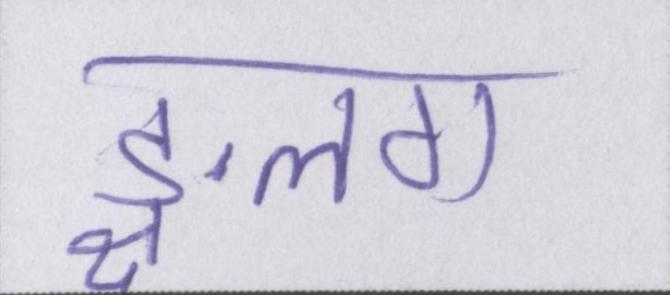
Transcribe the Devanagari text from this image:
ङ्क्षलग